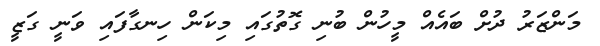
މަންޒަރު ދުށް ބައެެއް މީހުން ބުނި ގޮތުގައި މިކަން ހިނގާފައި ވަނީ ގަޒީ